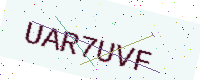
Text: UAR7UVF